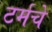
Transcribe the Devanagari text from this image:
टर्मचे